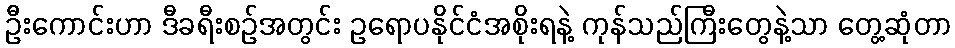
ဦးကောင်းဟာ ဒီခရီးစဉ်အတွင်း ဥရောပနိုင်ငံအစိုးရနဲ့ ကုန်သည်ကြီးတွေနဲ့သာ တွေ့ဆုံတာ